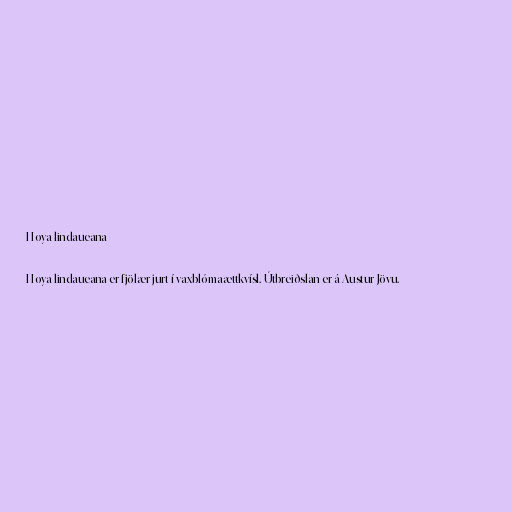
Hoya lindaueana

Hoya lindaueana er fjölær jurt í vaxblómaættkvísl. Útbreiðslan er á Austur-Jövu.